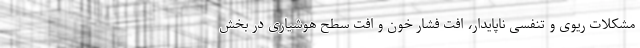
مشکلات ریوی و تنفسی ناپایدار، افت فشار خون و افت سطح هوشیاری در بخش